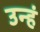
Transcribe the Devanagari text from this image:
उन्हं